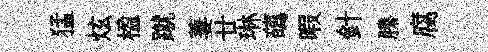
猛炫楹蹴萋廿琳蘤暇針縢腐